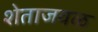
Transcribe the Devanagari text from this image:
शेताजवळ